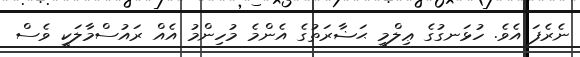
ނެރެފަ އެވެ. ހުޅަނގުގެ ޢިލްމީ ޙަޟާރަތުގެ އެންމެ މުހިންމު އެއް ރައުސްމާލަކީ ވެސް